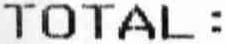
TOTAL :